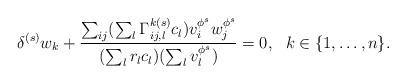
LaTeX: \begin{align*}\delta^{(s)}w_k+\frac{\sum_{ij}(\sum_l \Gamma^{k(s)}_{ij,l}c_l)v_i^{\phi^s}w_j^{\phi^s}}{(\sum_l r_l c_l)(\sum_l v_l^{\phi^s})}=0,\ \ k\in \{1,\ldots,n\}.\end{align*}